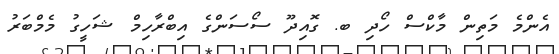
އެންމެ މަތިން މާކްސް ހޯދި ބ. ގޮއިދޫ ސޯސަންގެ އިބްރާހިމް ޝަހީގު މެމްބަރު